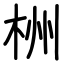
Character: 栦